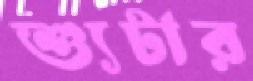
শ্যুটার